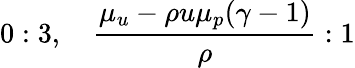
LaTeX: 0:3,\quad\frac{\mu_{u}-\rho u\mu_{p}(\gamma-1)}{\rho}:1